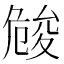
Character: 𠨢